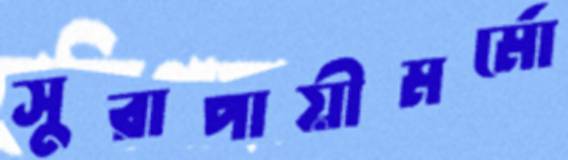
সুরাপায়ীমর্মো